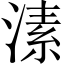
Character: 溸